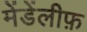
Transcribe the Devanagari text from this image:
मेंडेंलीफ़